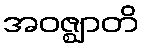
အဝဇ္ဈာတိ